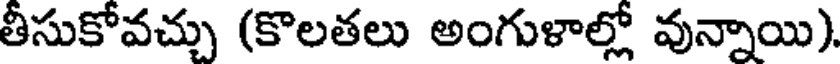
తీసుకోవచ్చు (కొలతలు అంగుళాల్లో వున్నాయి)